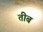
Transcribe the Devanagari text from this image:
तीब